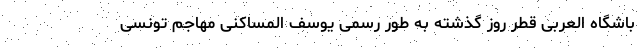
باشگاه العربی قطر روز گذشته به طور رسمی یوسف المساکنی مهاجم تونسی